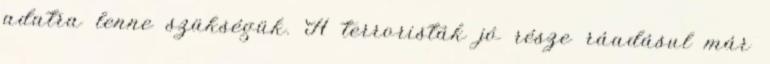
adatra lenne szükségük. A terroristák jó része ráadásul már